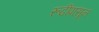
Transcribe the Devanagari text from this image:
रूढींपासून